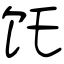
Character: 饦